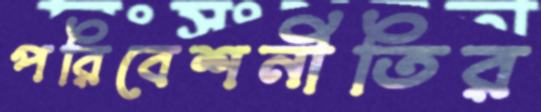
পরিবেশনীতির